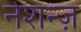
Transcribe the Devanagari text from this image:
नेशन्ज़